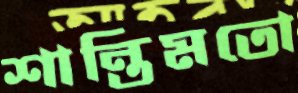
শান্তিমতো